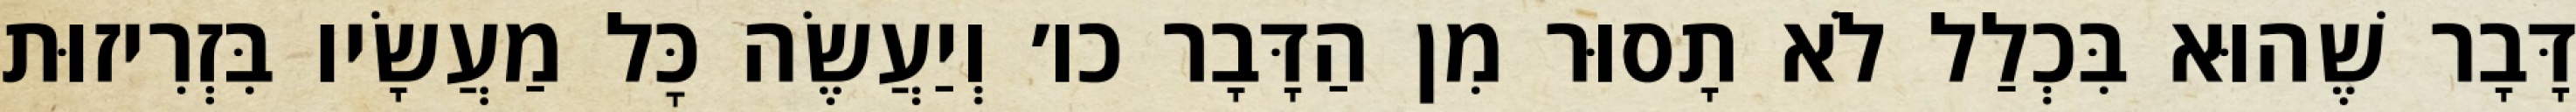
דָּבָר שֶׁהוּא בִּכְלַל לֹא תָסוּר מִן הַדָּבָר כו׳ וְיַעֲשֶׂה כׇּל מַעֲשָׂיו בִּזְרִיזוּת